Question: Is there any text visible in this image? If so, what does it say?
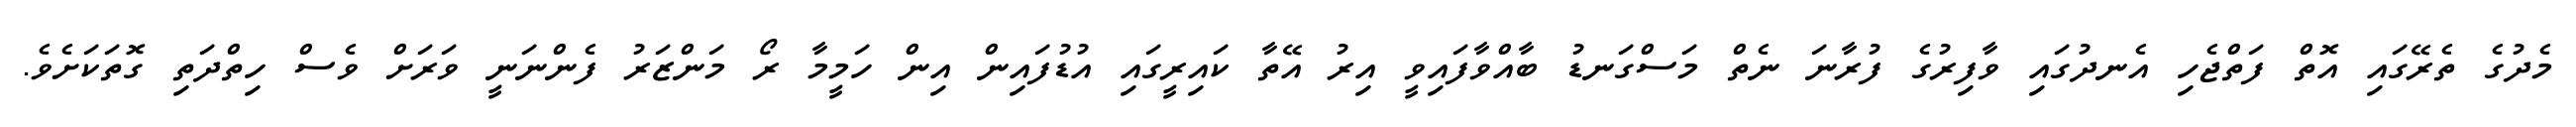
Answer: މެދުގެ ތެރޭގައި އޮތް ފަތްޖެހި އެނދުގައި ވާފިރުގެ ފުރާނަ ނެތް މަސްގަނޑު ބާއްވާފައިވީ އިރު އޭތާ ކައިރީގައި އުޑުފައިން އިން ހަމީމާ ރޯ މަންޒަރު ފެންނަނީ ވަރަށް ވެސް ހިތްދަތި ގޮތަކަށެވެ.